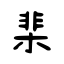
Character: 棐